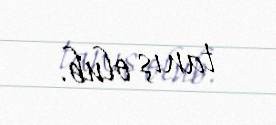
tanış olub.